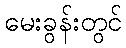
မေးခွန်းတွင်